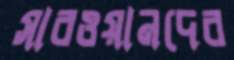
সারওয়ানদের